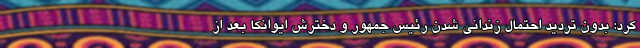
کرد: بدون تردید احتمال زندانی شدن رئیس جمهور و دخترش ایوانکا بعد از